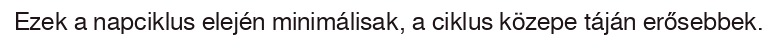
Ezek a napciklus elején minimálisak, a ciklus közepe táján erősebbek.